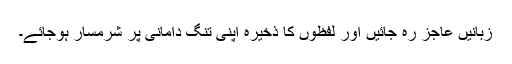
زبانیں عاجز رہ جائیں اور لفظوں کا ذخیرہ اپنی تنگ دامانی پر شرمسار ہوجائے۔